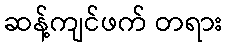
ဆန့်ကျင်ဖက် တရား